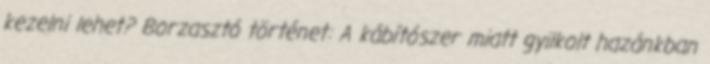
kezelni lehet? Borzasztó történet: A kábítószer miatt gyilkolt hazánkban